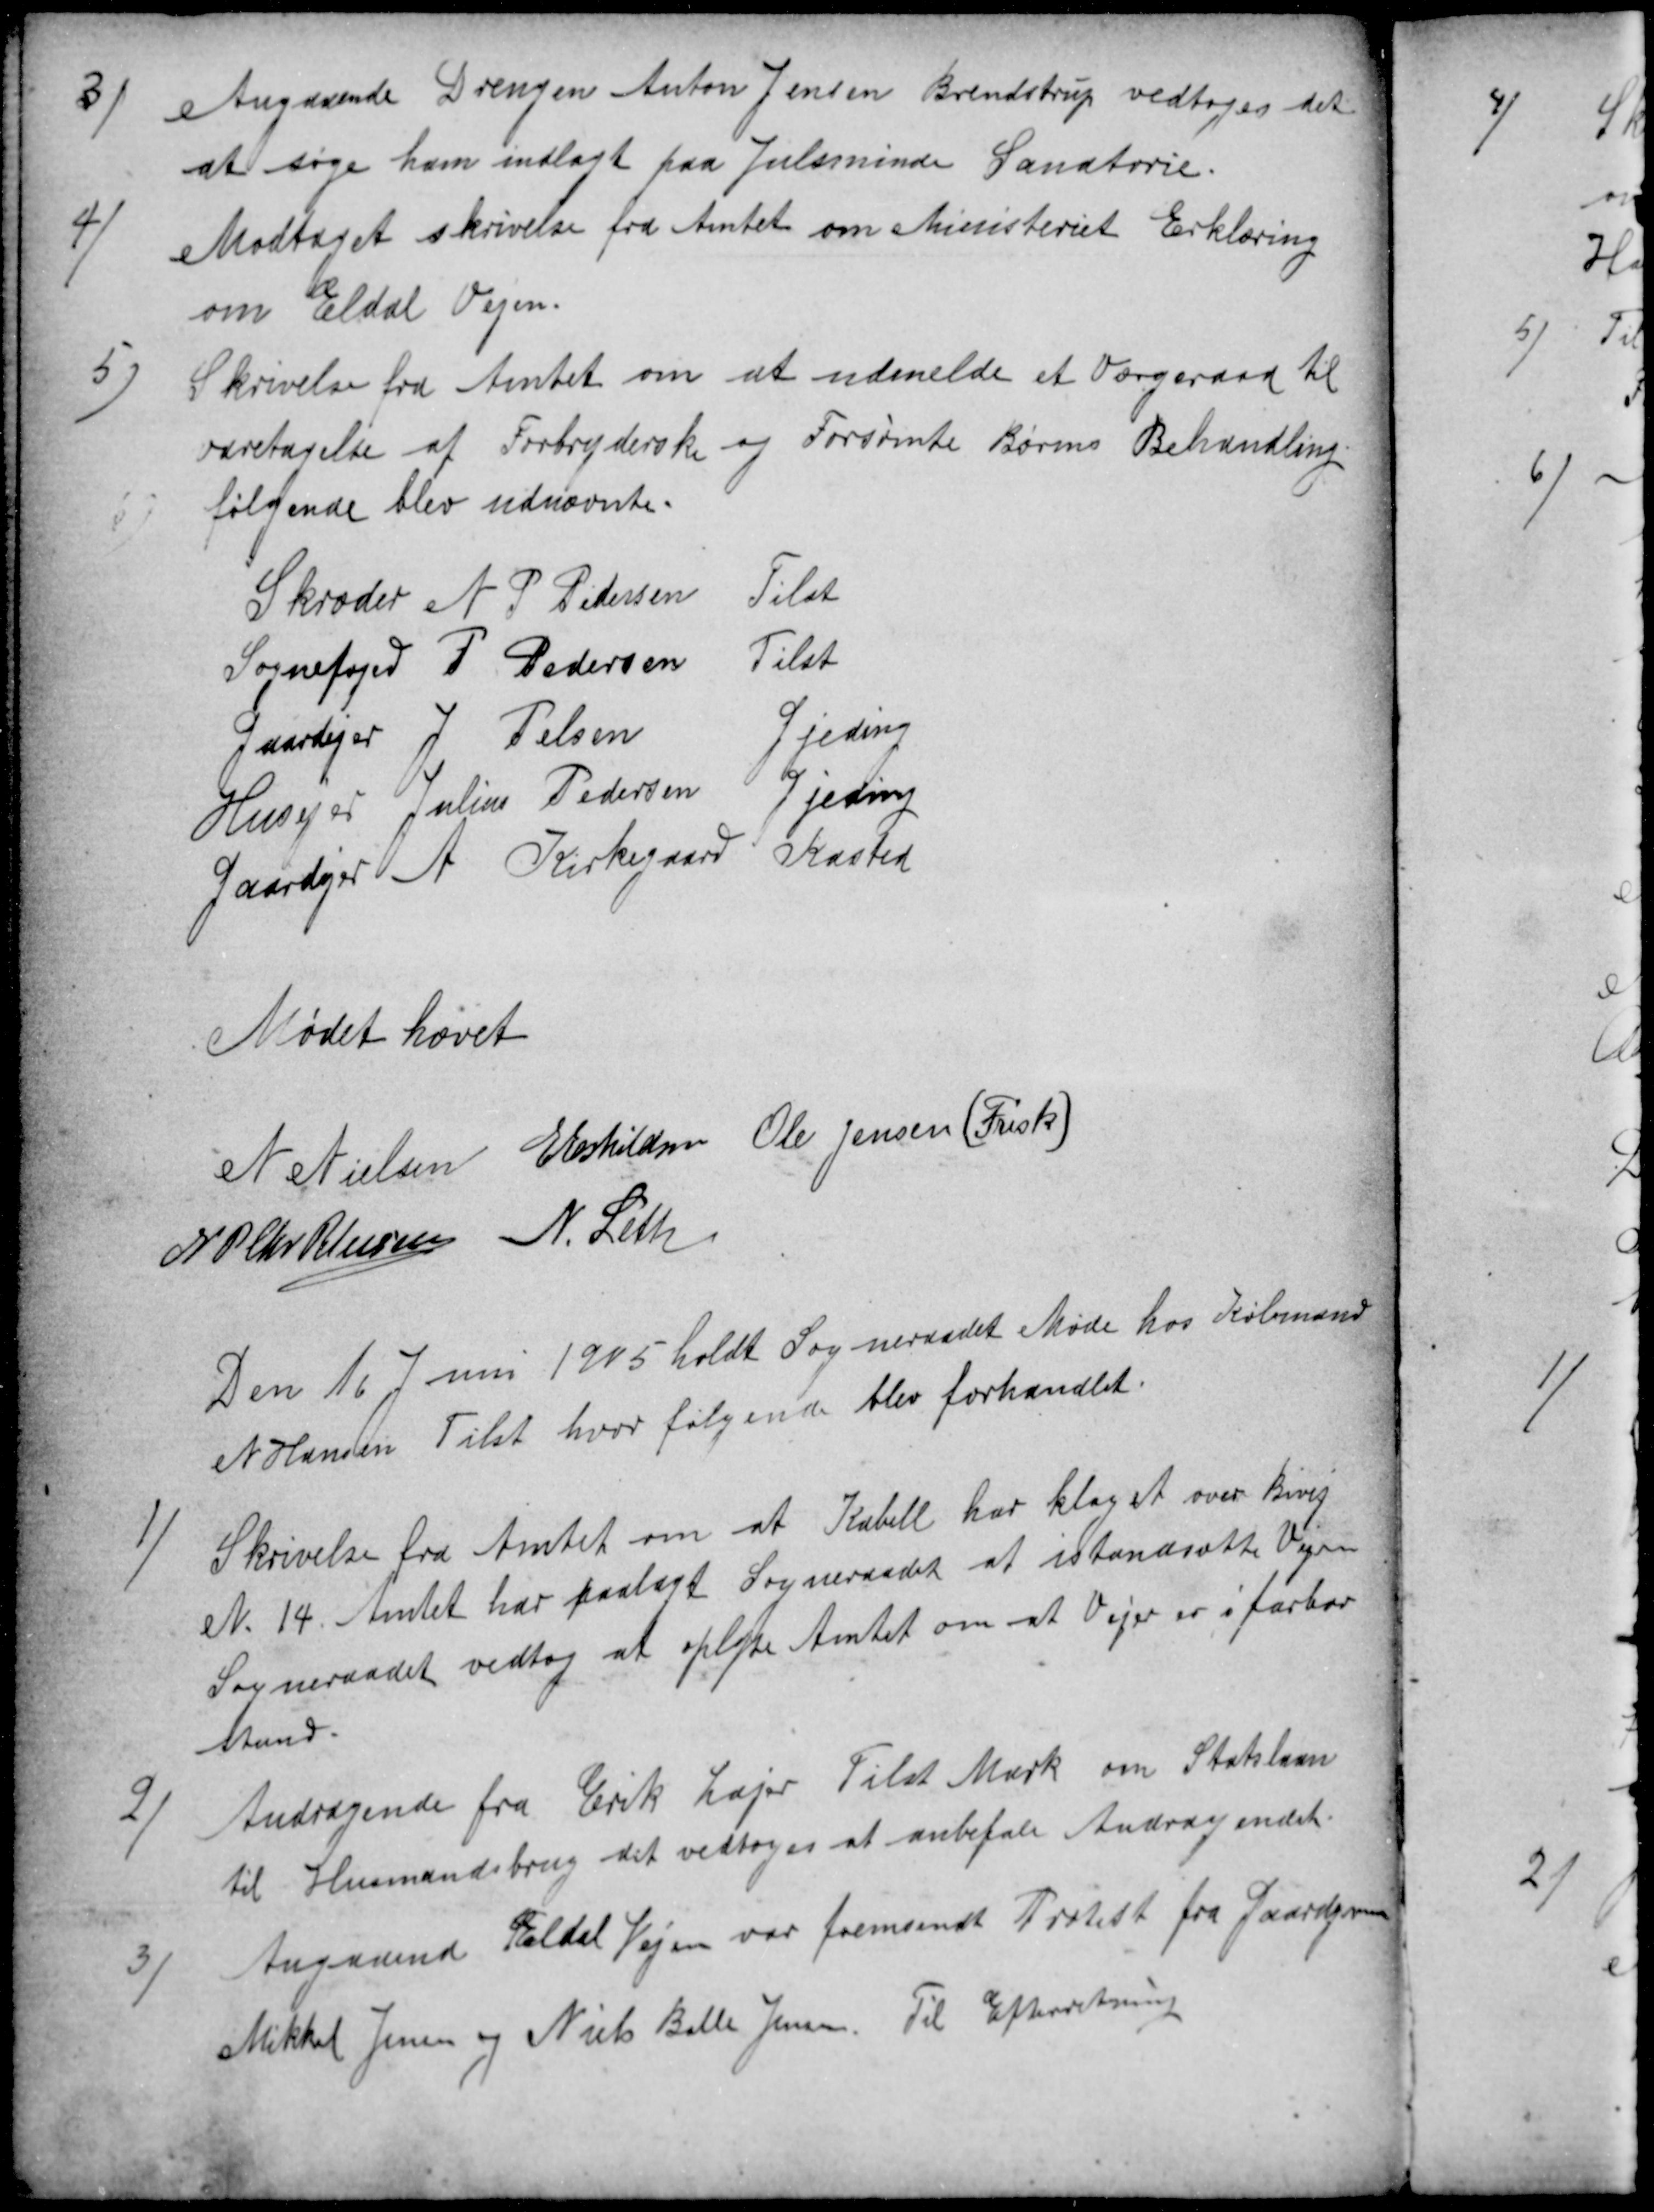
Transskription:
3)
Angaaende Drengen Anton Jensen Brendstrup vedtoges det
at søge ham indlagt paa Julsminde Sanatorie.
4)
Modtaget skrivelse fra Amtet om Ministeriet Erklæring
om Eldal Vejen
5)
Skrivelse fra Amtet om at udmelde et Værgeraad til
varetagelse af Forbryderiske og Forsømte Børns Behandling
følgende blev udnævnte.
Skræder N. P. Petersen
Tilst
Sognefoged P. Pedersen
Tilst
Gaardejer J Pelsen
Gjeding
Husejer Julius Pedersen Gjeding
Gaardejer A Kirkegaard Kasted
Mødet hævet
N Nielsen E Eskildsen Ole Jensen (Frisk)
N P Chr Petersen N. Leth
Den 10 Juni 1905 holdt Sogneraadet Møde hos Købmand
N Hansen Tilst hvor følgende blev forhandlet.
1)
Skrivelse fra Amtet om at Kabell har klaget over Bivej
N. 14. Amtet har paalagt Sogneraadet at istandsætte Vejen
Sogneraadet vedtog at oplyse Amtet om at Vejen er i farbar
Stand.
2)
Andragende fra Erik Lajer Tilst Mark om Statslaan
til Husmandsbrug det vedtoges at anbefale Andragendet.
3)
Angaaende Eldal Vejen var fremsendt Protest fra Gaardejerne
Mikkel Jensen og Niels Balle Jensen. Til Efterretning